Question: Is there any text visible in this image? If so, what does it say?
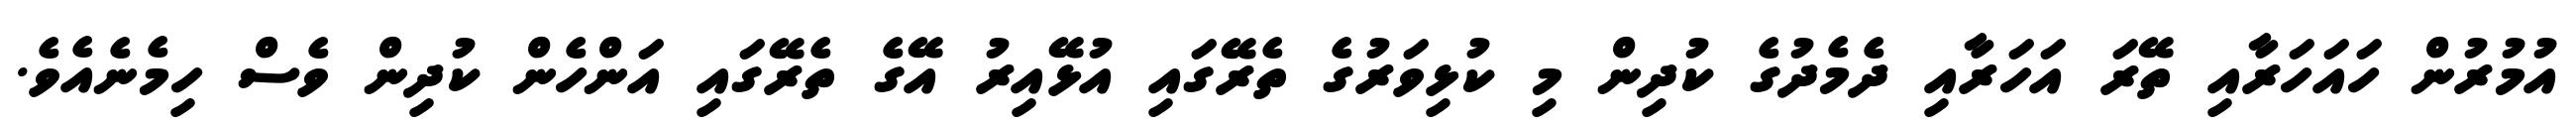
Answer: އުމުރުން ހައަހަރާއި ތޭރަ އަހަރާއި ދެމެދުގެ ކުދިން މި ކުޅިވަރުގެ ތެރޭގައި އުޅޭއިރު އޭގެ ތެރޭގައި އަންހެން ކުދިން ވެސް ހިމެނެއެވެ.